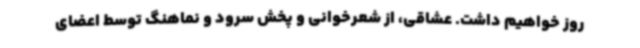
روز خواهیم داشت. عشاقی، از شعرخوانی و پخش سرود و نماهنگ توسط اعضای